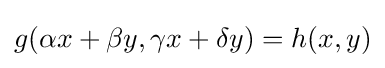
g(\alpha x+\beta y,\gamma x+\delta y)=h(x,y)